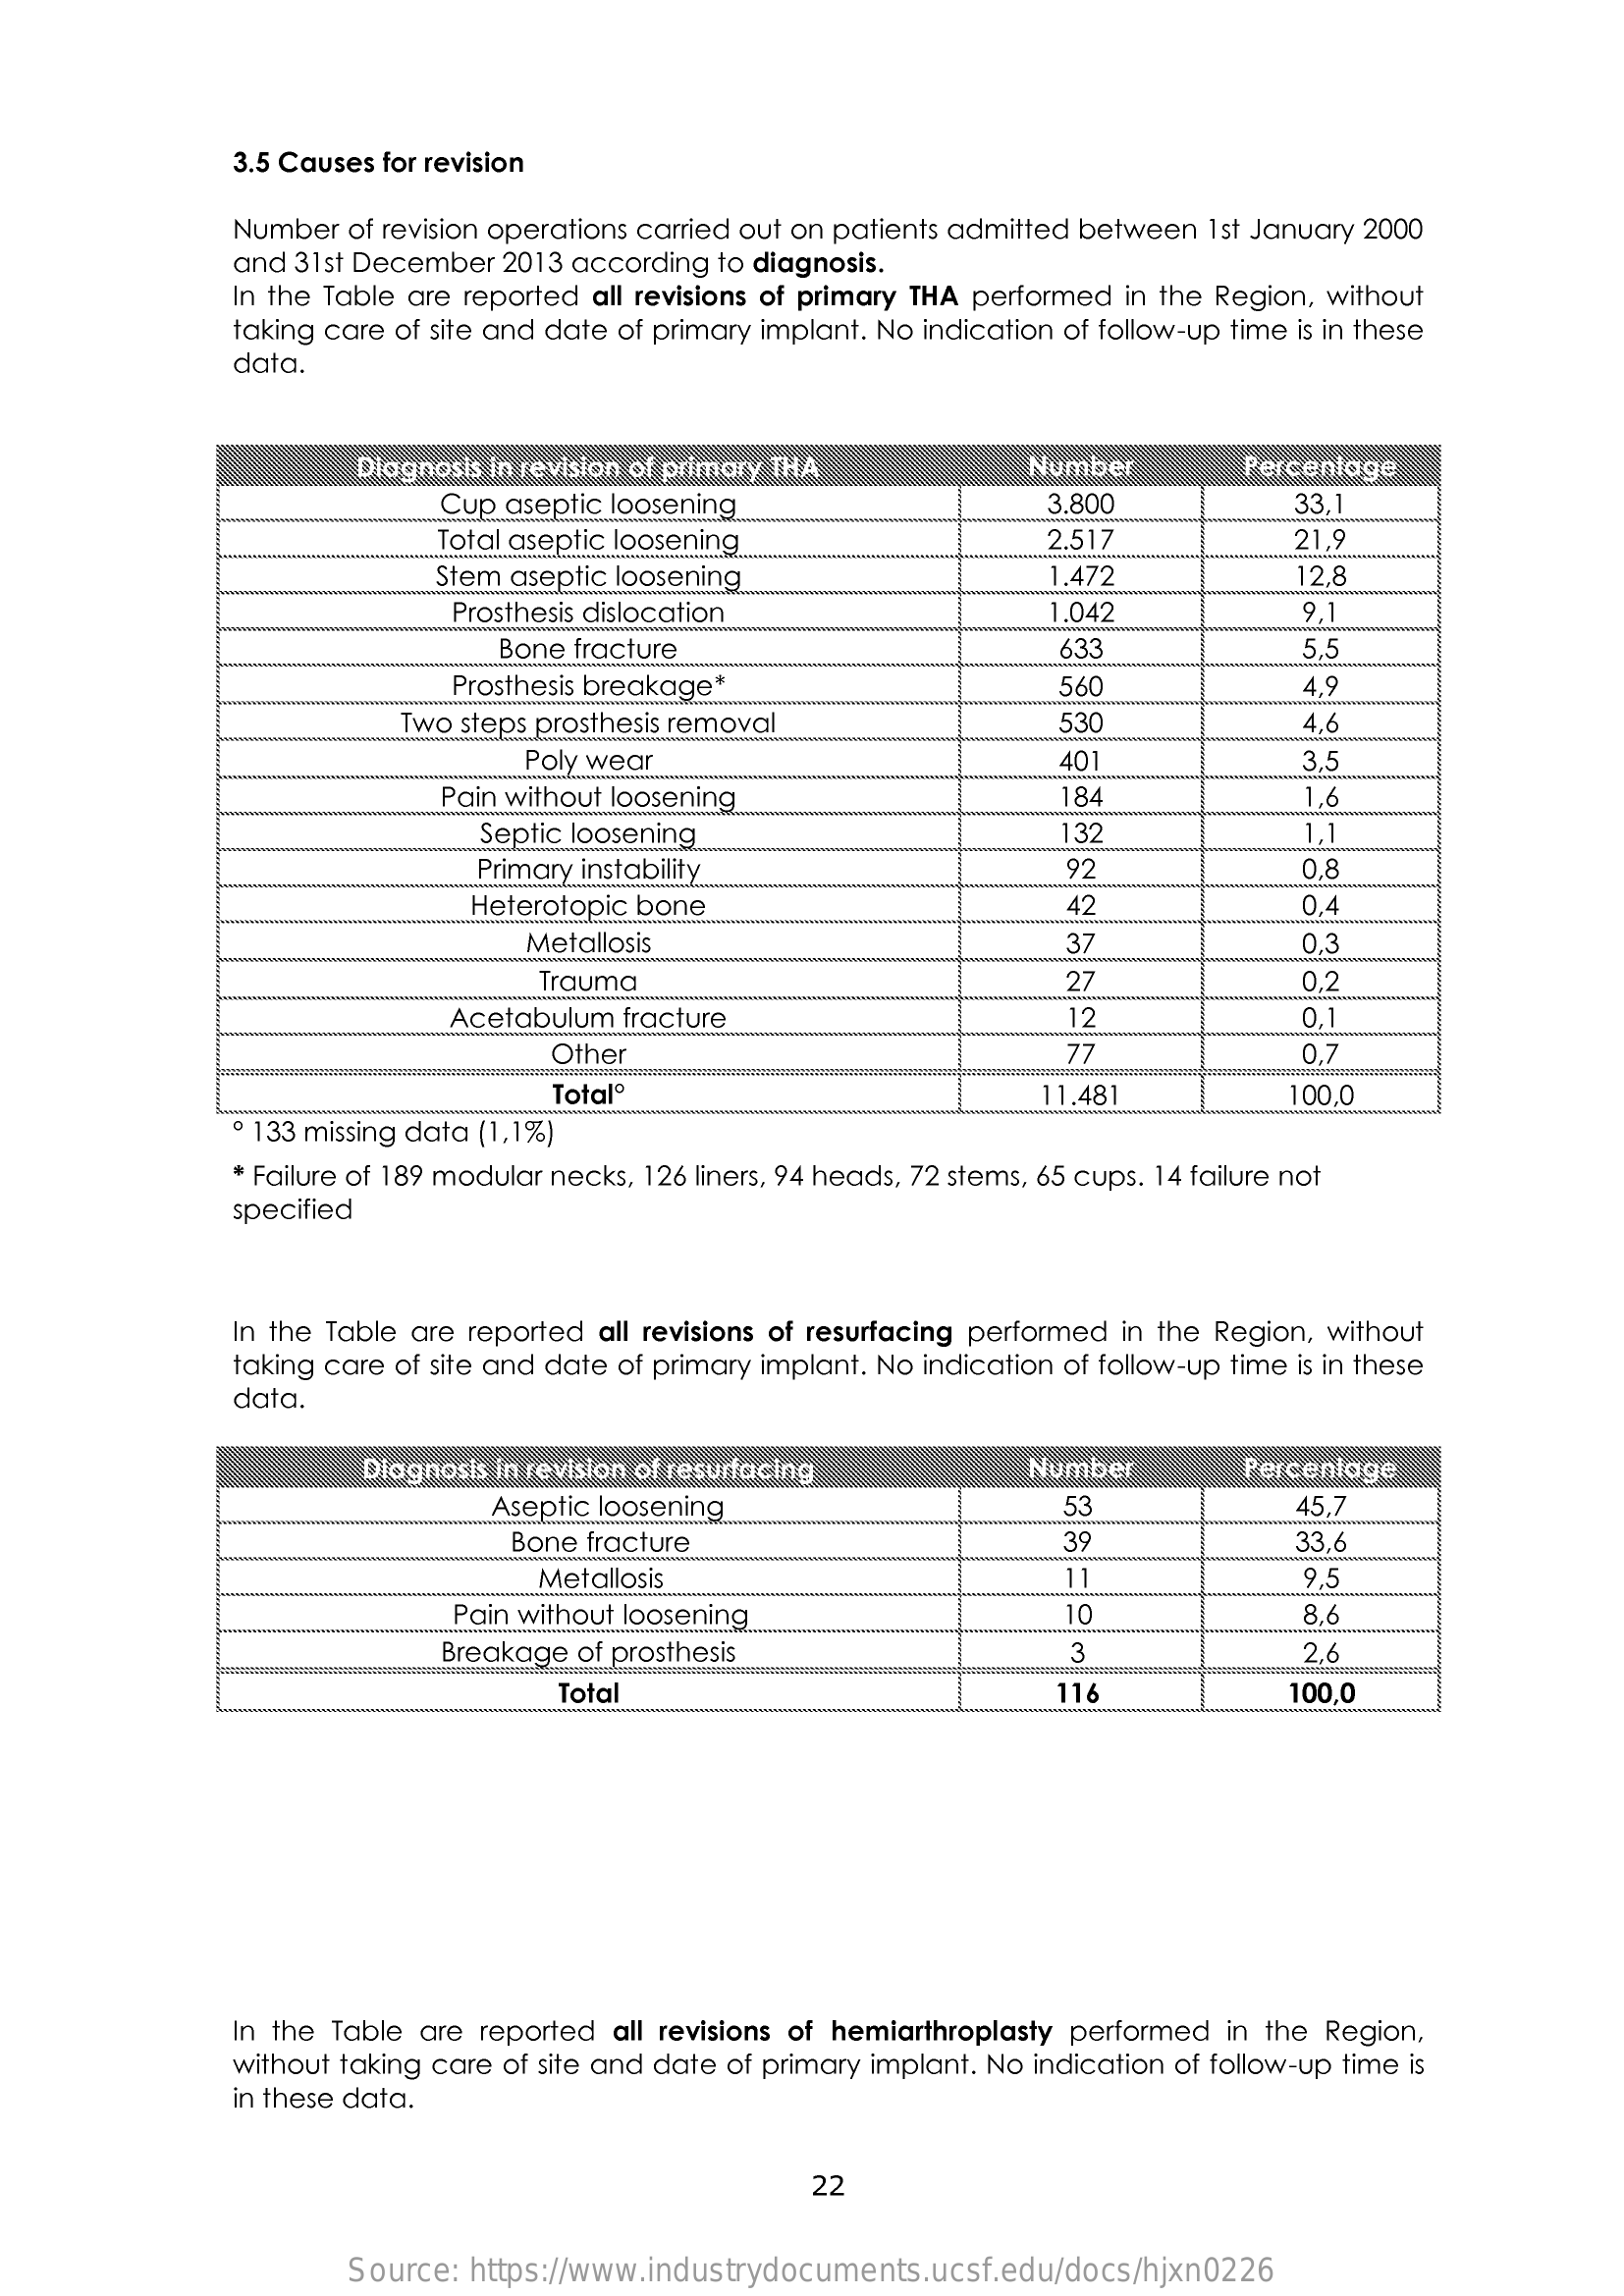
3.5 Causes for revision
     Number of revision operations carried out on patients admitted between 1st January 2000
     and 31st December 2013 according to diagnosis.
     In the Table are reported all revisions of primary THA performed in the Region, without
     taking care of site and date of primary implant. No indication of follow-up time is in these
     data.
     Diagnosis in revision of primary THA    Number    Percentage
     Cup aseptic loosening    3.800    33.
     Total aseptic loosening    2.517    21,9
     Stem aseptic loosening    1.472    12,8
     Prosthesis dislocation    .042
     Bone fracture    633    5,5
     Prosthesis breakage    560    4.9
     Two steps prosthesis removal    530    4.6
     Poly wear    401    3,5
     Pain without loosening    84    1,6
     Septic loosening    132    1,1
     Primary instability    92    0,8
     Heterotopic bone
     ..........
     42    0,4
     Metallosis    37    0.3
     Trauma.    27    0,2
     Acetabulum fracture    12    0,1
     Other    77    0,7
     Totalº    11.481    100,0
     133 missing data (1,1%)
     * Failure of 189 modular necks, 126 liners, 94 heads, 72 stems, 65 cups. 14 failure not
     specified
     In the Table are reported all revisions of resurfacing performed in the Region, without
     taking care of site and date of primary implant. No indication of follow-up time is in these
     data.
     Diagnosis in revision of resurfacing    Number    Percentage
     Aseptic loosening    53    45.
     Bone fracture    39    33,6
     Metallosis    11    9.5
     Pain without loosening    10    8,6
     Breakage of prosthesis    2,6
     Total    100.0
     In the Table are reported all revisions of hemiarthroplasty performed in the Region,
     without taking care of site and date of primary implant. No indication of follow-up time is
     in these data.
     22
     Source: https://www.industrydocuments.ucsf.edu/docs/hjxn0226